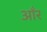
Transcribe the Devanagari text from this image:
आँर